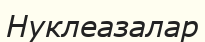
Нуклеазалар